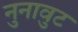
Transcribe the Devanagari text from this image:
नुनावुट